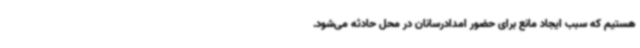
هستیم که سبب ایجاد مانع برای حضور امدادرسانان در محل حادثه می‌شود.